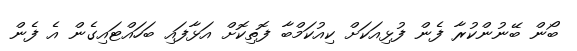
ބޯން ބޭނުންކުރާ ފެން ފުޅިއަކަށް ކިއުކަމްބާ ފޮތިކޮށް އަޅާފައި ބަހައްޓައިގެން އެ ފެން